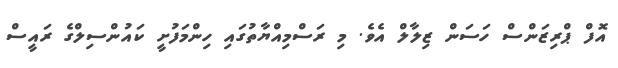
އޮފް ޕްރިޒަންސް ހަސަން ޒިލާލް އެވެ. މި ރަސްމިއްޔާތުގައި ހިންމަފުށީ ކައުންސިލްގެ ރައީސް